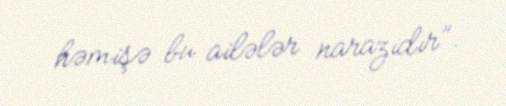
həmişə bu ailələr narazıdır”.